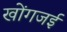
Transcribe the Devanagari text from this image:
खोंगजई